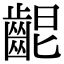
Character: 𪘄